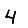
Digit: 4